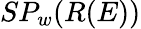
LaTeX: SP_{w}(R(E))